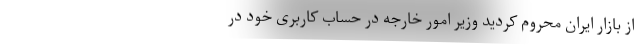
از بازار ایران محروم کردید وزیر امور خارجه در حساب کاربری خود در